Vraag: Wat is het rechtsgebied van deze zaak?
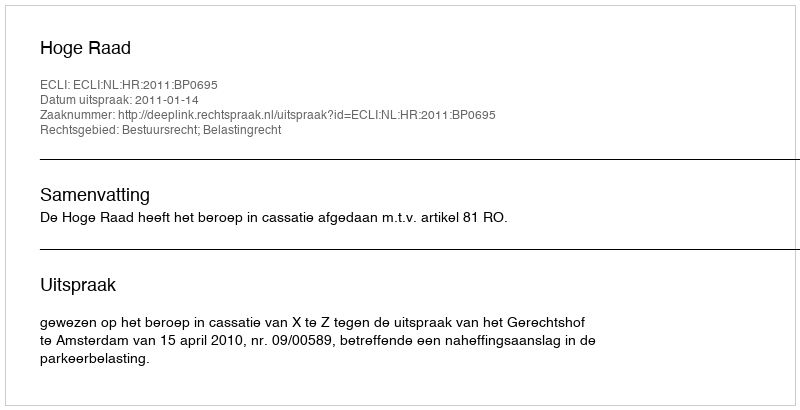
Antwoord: Bestuursrecht; Belastingrecht